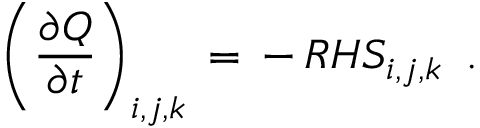
\left( \frac { \partial Q } { \partial t } \right) _ { i , j , k } \, = \, - \, R H S _ { i , j , k } \, \mathrm { ~ . ~ }